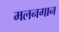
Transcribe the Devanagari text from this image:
मलनगान